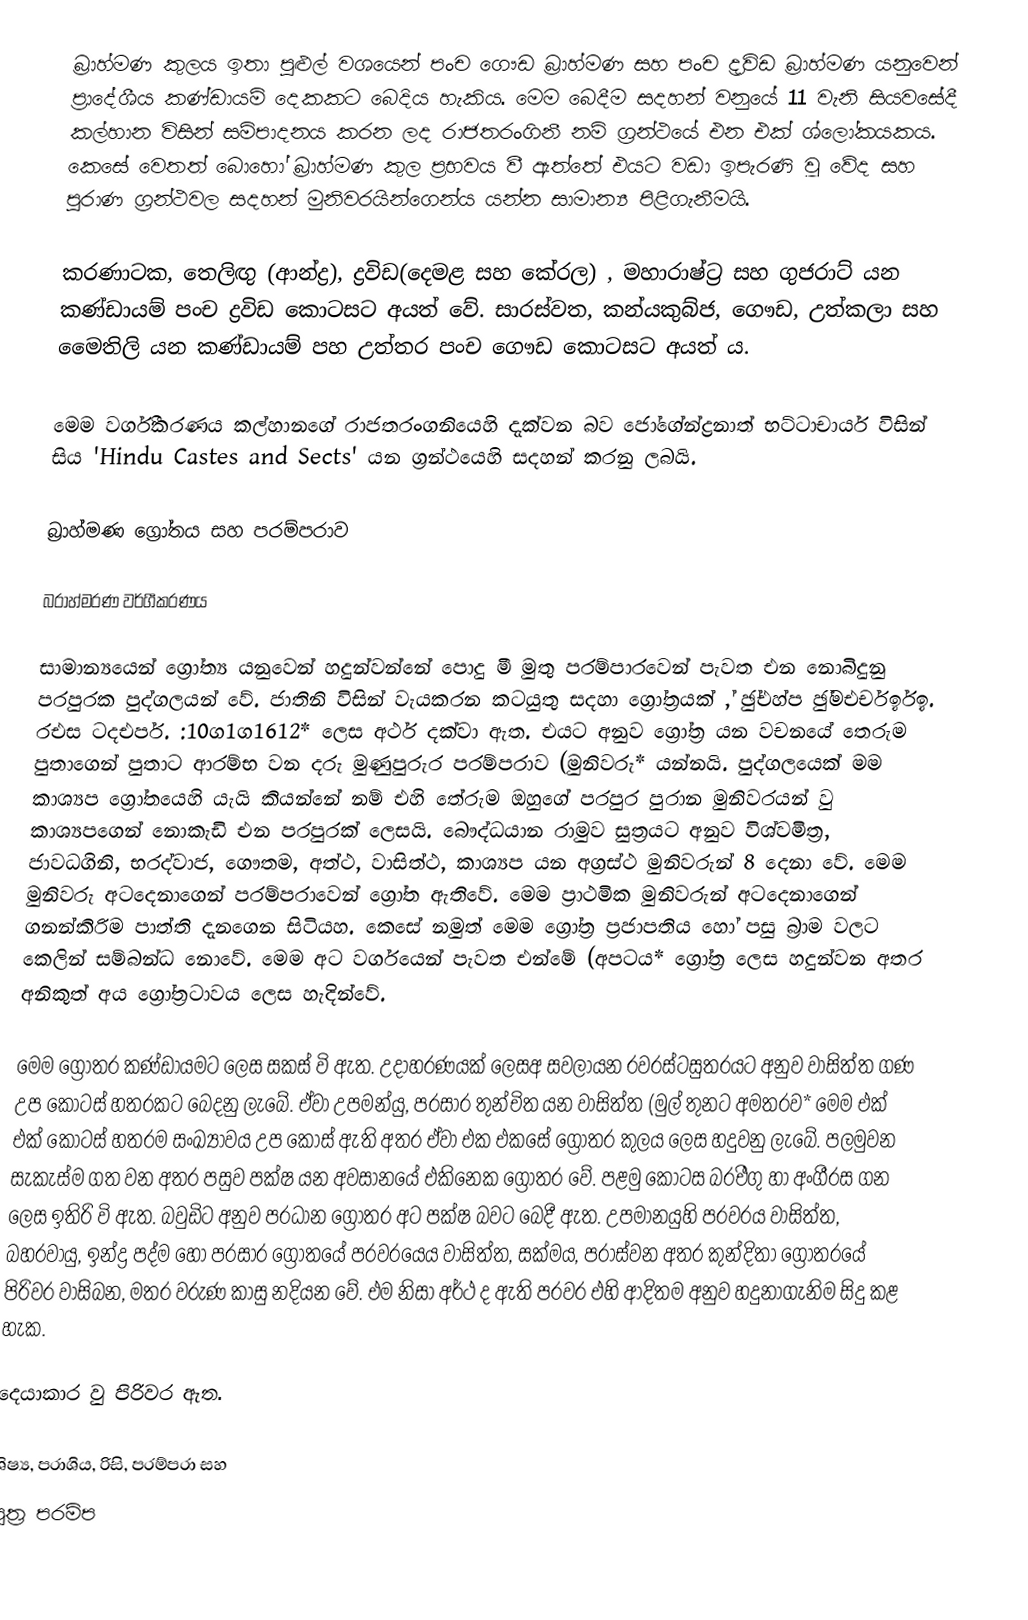
බ‍්‍රාහ්මණ කුලය ඉතා පුළුල් වශයෙන් පංච ගෞඩ බ‍්‍රාහ්මණ සහ පංච ද‍්‍රවිඩ බ‍්‍රාහ්මණ යනුවෙන් ප‍්‍රාදේශීය කණ්ඩායම් දෙකකට බෙදිය හැකිය. මෙම බෙදීම සදහන් වනුයේ 11 වැනි සියවසේදී කල්හාන විසින් සම්පාදනය  කරන ලද රාජතරංගිනී නම් ග‍්‍රන්ථයේ එන එක් ශ්ලෝකයකය. කෙසේ වෙතත් බොහෝ බ‍්‍රාහ්මණ කුල ප‍්‍රභවය වී ඇත්තේ එයට වඩා ඉපැරණි වූ වේද සහ පුරාණ ග‍්‍රන්ථවල සදහන් මුනිවරයින්ගෙන්ය යන්න සාමාන්‍ය පිළිගැනීමයි.

කරණාටක, තෙලිඟු (ආන්ද්‍ර), ද්‍රවිඩ(දෙමළ සහ කේරල) , මහාරාෂ්ට‍්‍ර සහ ගුජරාට් යන කණ්ඩායම් පංච ද්‍රවිඩ කොටසට අයත් වේ. සාරස්වත, කන්යකුබ්ජ, ගෞඩ, උත්කලා සහ මෛතිලි යන කණ්ඩායම් පහ උත්තර පංච ගෞඩ කොටසට අයත් ය.

මෙම වර්ගීකරණය කල්හානගේ රාජතරංගනියෙහි දැක්වන බව ජෝගේන්ද්‍රනාත් භට්ටාචාර්ය විසින් සිය 'Hindu Castes and Sects' යන ග‍්‍රන්ථයෙහි සදහන් කරනු ලබයි.

බ‍්‍රාහ්මණ ග්‍රෝතය සහ පරම්පරාව

බ‍්‍රාහ්මරණ වර්ගීකරණය

	සාමාන්‍යයෙන් ග්‍රෝත්‍ය යනුවෙන් හදුන්වන්නේ පොදු මී මුතු පරම්පාරවෙන් පැවත එන නොබිදුනු පරපුරක පුද්ගලයන් වේ. ජාතිනි විසින් වැයකරන කටයුතු සදහා ග්‍රෝත‍්‍රයක් ,් ඡු්එහ්ප ඡු්මඑර්චර්ඉඉ. රඑස ටදඑර්ප. :10ග1ග1612* ලෙස අර්ථ දක්වා ඇත. එයට අනුව ග්‍රෝත‍්‍ර යන වචනයේ තෙරුම පුතාගෙන් පුතාට ආරම්භ වන දරු මුණුපුරුර පරම්පරාව (මුනිවරු* යන්නයි. පුද්ගලයෙක් මම කාශ්‍යප ග්‍රෝතයෙහි යැයි කියන්නේ නම් එහි තේරුම ඔහුගේ පරපුර පුරාන මුනිවරයන් වු කාශ්‍යපගෙන් නොකැඩි එන පරපුරක් ලෙසයි. බෞද්ධයාන රාමුව සුත‍්‍රයට අනුව විශ්වමිත‍්‍ර, ජාවධගිනි, භරද්වාජ, ගෞතම, අත්ථ, වාසිත්ථ, කාශ්‍යප යන අග‍්‍රස්ථ මුනිවරුන් 8 දෙනා වේ. මෙම මුනිවරු අටදෙනාගෙන් පරම්පරාවෙන් ග්‍රෝත ඇතිවේ. මෙම ප‍්‍රාථමික මුනිවරුන් අටදෙනාගෙන් ගනන්කිරිම  පාත්ති දැනගෙන සිටියහ. කෙසේ නමුත් මෙම ග්‍රෝත‍්‍ර ප‍්‍රජාපතිය හෝ පසු බ‍්‍රාම වලට කෙලින් සම්බන්ධ නොවේ. මෙම අට වර්ගයෙන් පැවත එන්මේ (අපටය* ග්‍රෝත‍්‍ර ලෙස හදුන්වන අතර අනිකුත් අය ග්‍රෝත‍්‍රටාවය ලෙස හැදින්වේ.

	මෙම ග්‍රෝත‍්‍ර කණ්ඩායමට ලෙස සකස් වි ඇත. උදාහරණයක් ලෙසඅ සවලායන රව‍්‍රස්ටසුත‍්‍රයට අනුව වාසිත්ත ගණ උප කොටස් හතරකට බෙදනු ලැබේ. ඒවා උපමන්යු, පරසාර තුන්චිත යන වාසිත්ත (මුල් තුනට අමතරව* මෙම එක් එක් කොටස් හතරම සංඛ්‍යාවය උප කොස් ඇති අතර ඒවා එක එකසේ ග්‍රෝත‍්‍ර කුලය ලෙස හදුවනු ලැබේ. පලමුවන සැකැස්ම ගත වන අතර පසුව පක්ෂ යන අවසානයේ එකිනෙක ග්‍රෝත‍්‍ර වේ. පළමු කොටස බරඑිගු හා අංගීරස ගන ලෙස ඉතිරි වි ඇත. බවුඩිට අනුව ප‍්‍රධාන ග්‍රෝත‍්‍ර අට පක්ෂ බවට බෙදී ඇත. උපමානයුහි පරවරය වාසිත්ත, බහරවායු, ඉන්ද්‍ර පද්ම හෝ පරසාර ග්‍රෝතයේ පරවරයෙය වාසිත්ත, සක්මය, පරාස්වන අතර කුන්දිතා ග්‍රෝත‍්‍රයේ පිරිවර වාසිබන, මතර වරුණ කාසු නදියන වේ. එම නිසා අර්ථ ද ඇති පරවර එහි ආදිතම අනුව හදුනාගැනිම සිදු කළ හැක.

	දෙයාකාර වු පිරිවර ඇත.

 ශිෂ්‍ය, ප‍්‍රාශිය, රිසි, පරම්පරා සහ
 පුත‍්‍ර පරම්ප